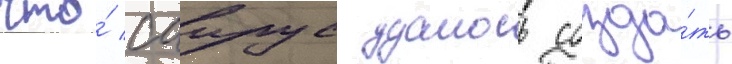
что́ саирус удалось созда́ть